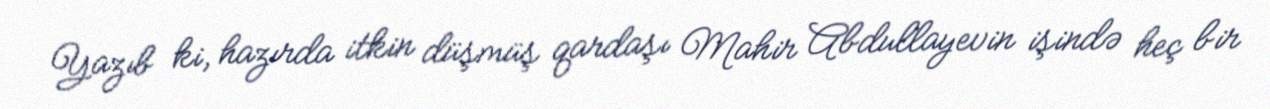
Yazıb ki, hazırda itkin düşmüş qardaşı Mahir Abdullayevin işində heç bir